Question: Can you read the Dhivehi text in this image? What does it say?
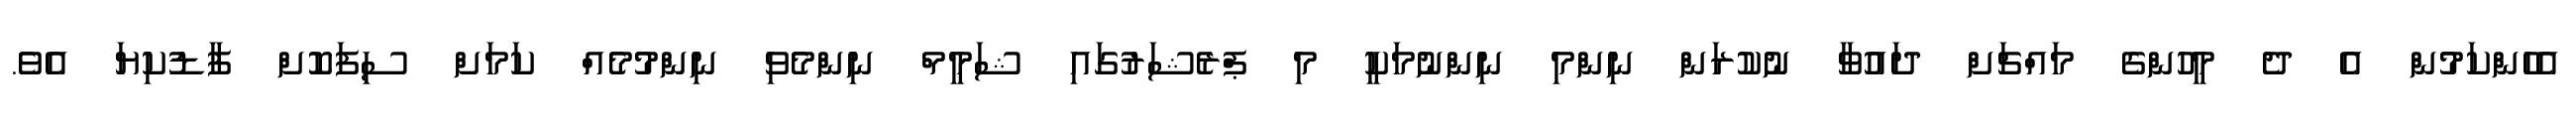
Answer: އެހެންކަމުން އެ ދެ މީހުންގެ މައްޗަށް ދައުވާ ނުކުރަން ނިންމި ނިންނުމަކީ މި ޕްރެޝަރުގައި ޝަމީމް ނިންމެވި ނިންމުމެއް ކަމަށް ސިފަކޮށް ފާޑުކިޔަ އެވެ.